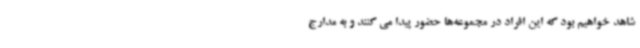
شاهد خواهیم بود که این افراد در مجموعه‌ها حضور پیدا می کنند و به مدارج